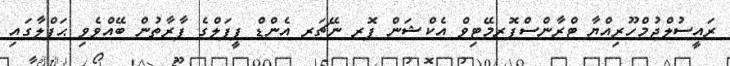
ރައީސުލްޖުމްހޫރިއްޔާ ޓްރާންސްފޮރމޭޓިވް އެކްޝަން ފޮރ ނޭޗަރ އެންޑް ޕީޕަލްގެ ފާރާތުން ބޭއްވެވި ޙަފްލާގައި